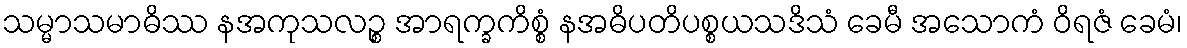
သမ္မာသမာဓိဿ နအကုသလဉ္စ အာရက္ခကိစ္စံ နအဓိပတိပစ္စယသဒိသံ ခေမီ အသောကံ ဝိရဇံ ခေမံ၊